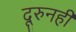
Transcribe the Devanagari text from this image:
दूरुनही